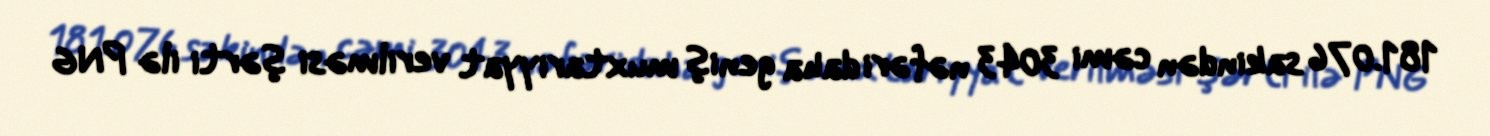
181.076 sakindən cəmi 3043 nəfəri daha geniş muxtariyyat verilməsi şərti ilə PNG